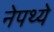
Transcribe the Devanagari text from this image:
नेपथ्ये